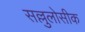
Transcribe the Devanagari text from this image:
सल्लुलोसीक